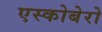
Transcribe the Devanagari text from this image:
एस्कोबेरो